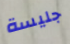
جليسة